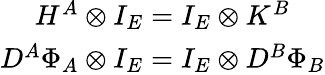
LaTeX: \begin{array}{c}{{H^{A}\otimes I_{E}=I_{E}\otimes K^{B}}}\\ {{D^{A}\Phi_{A}\otimes I_{E}=I_{E}\otimes D^{B}\Phi_{B}}}\end{array}